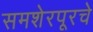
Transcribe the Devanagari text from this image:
समशेरपूरचे